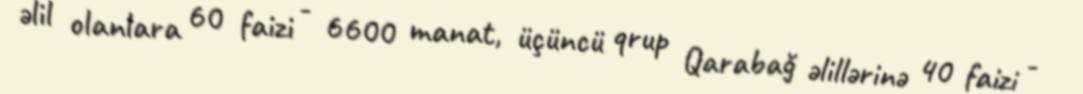
əlil olanlara 60 faizi - 6600 manat, üçüncü qrup Qarabağ əlillərinə 40 faizi -